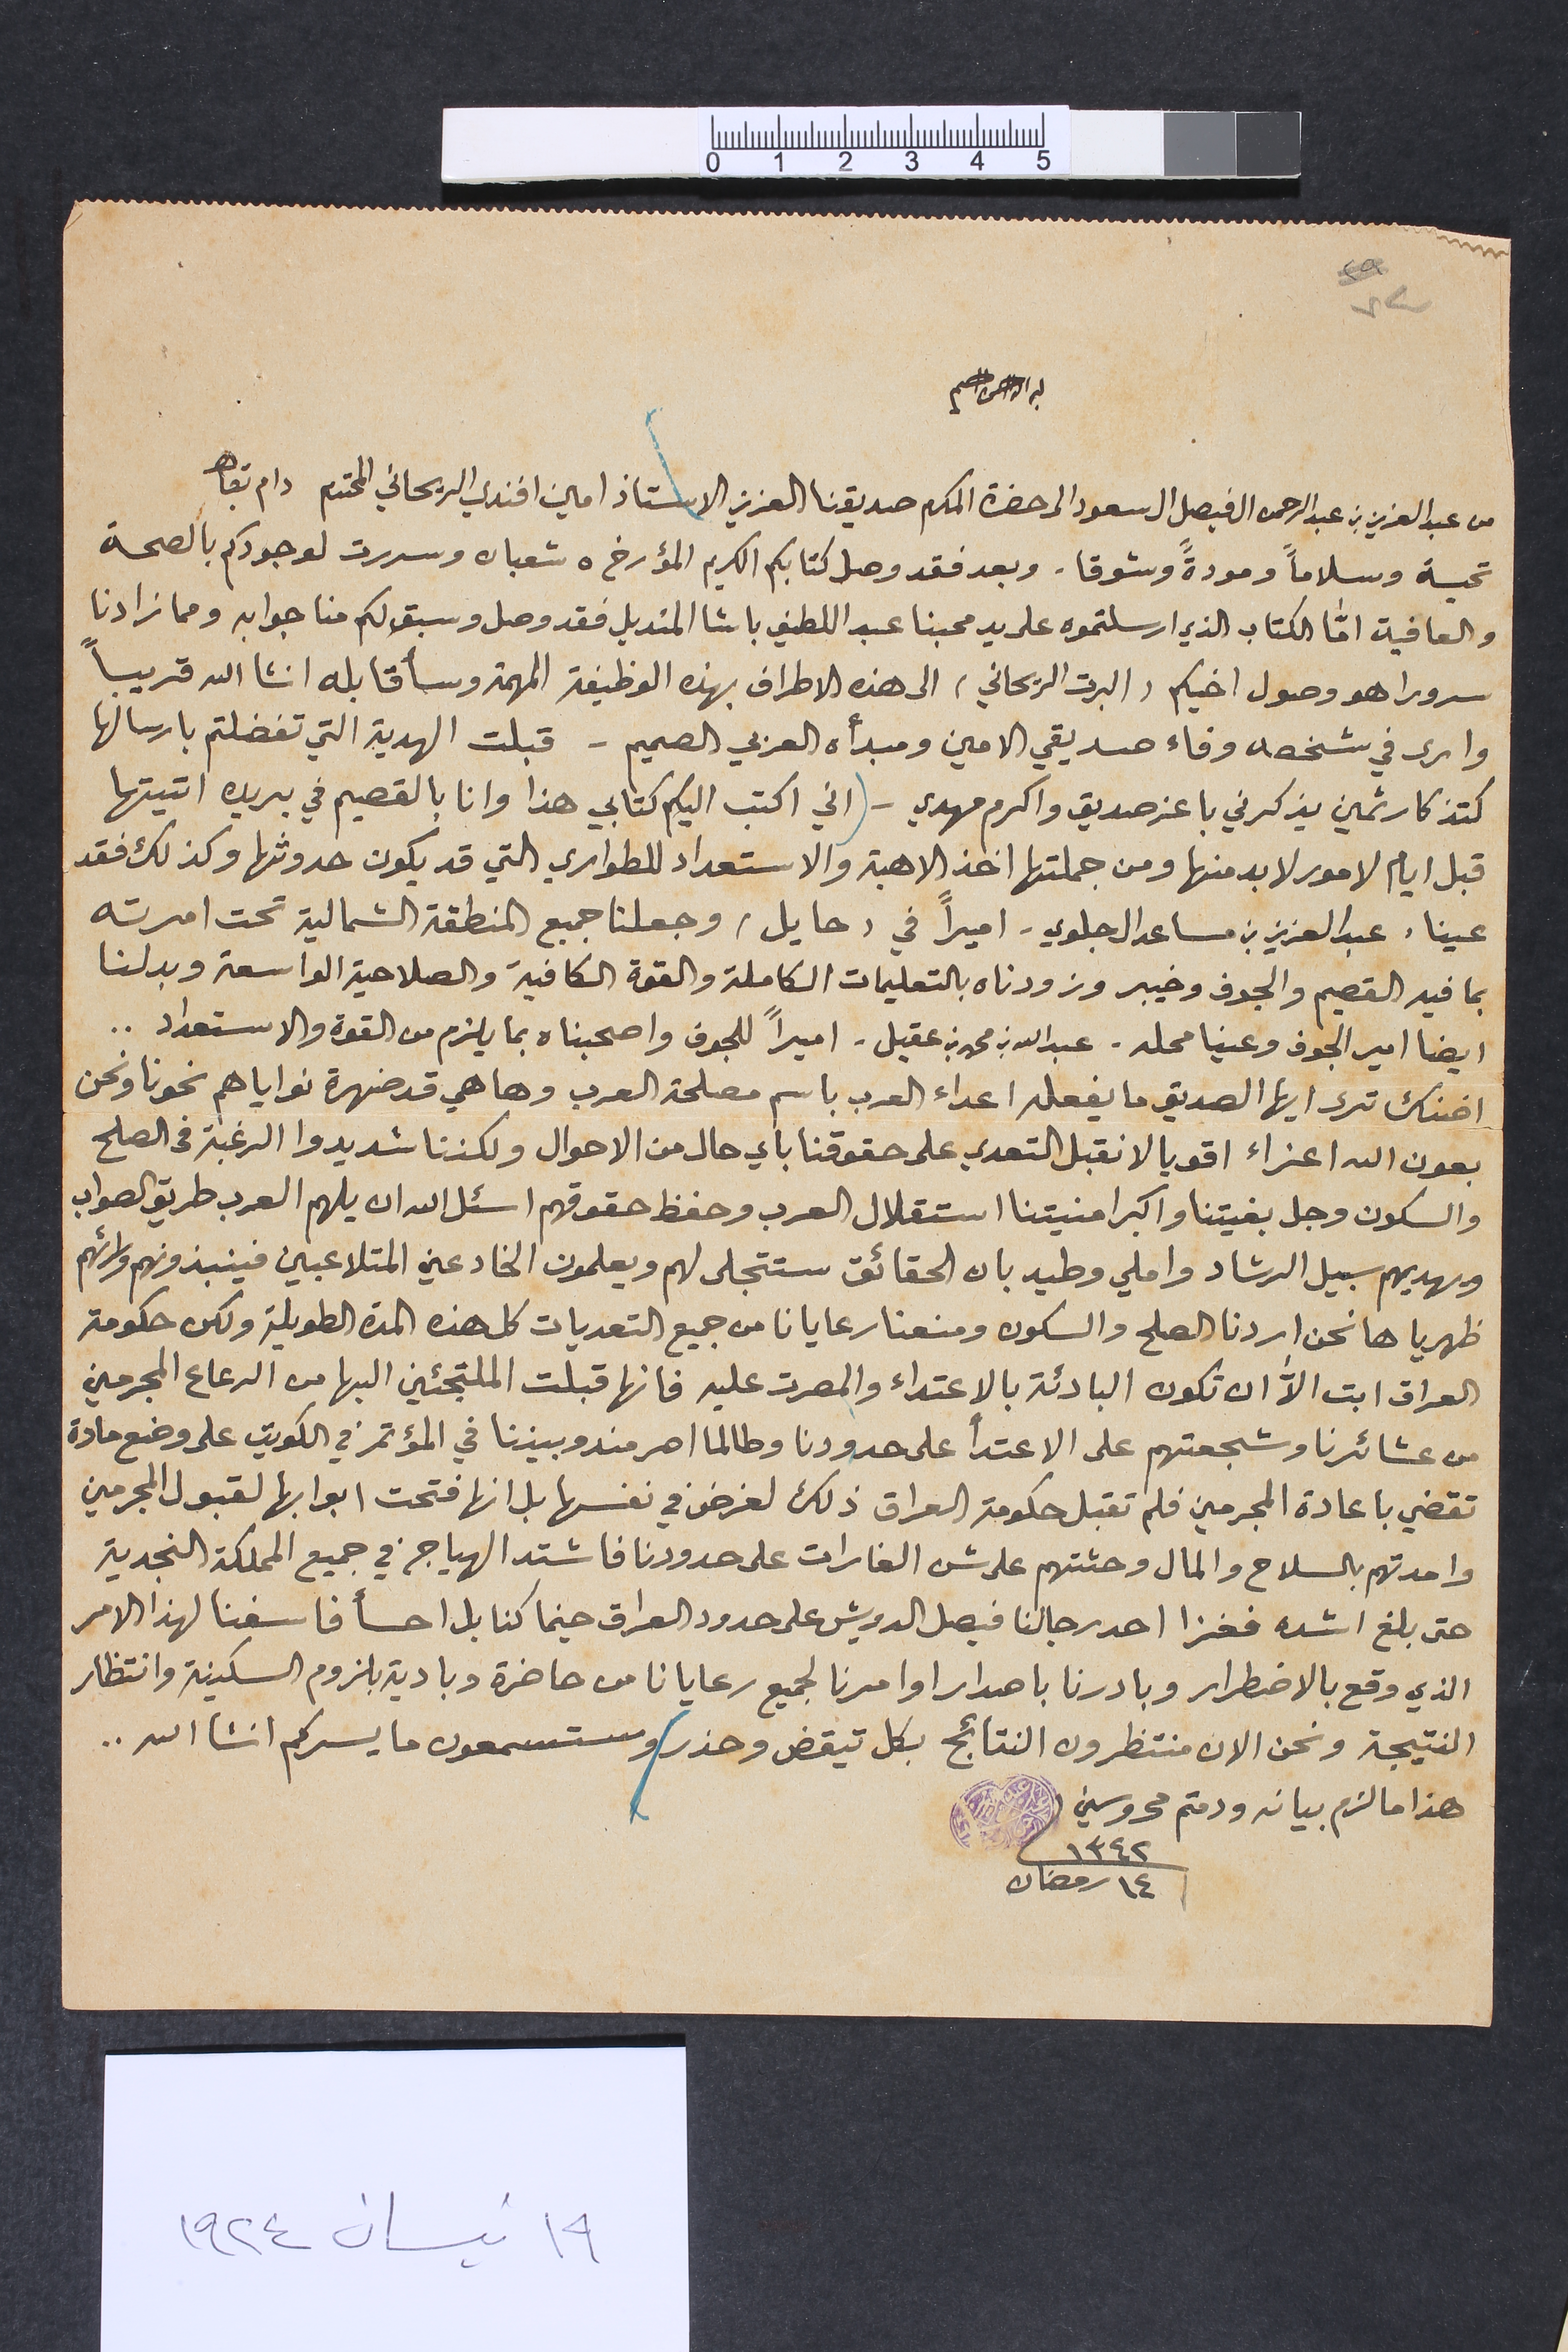
٧٤
بسم الله الرحمن الرحيم
من عبد العزيز بن عبد الرحمن ال فيصل ال سعود الى حضرة المكرم صديقنا العزيز الاستاذ امين افندي الريحاني المحترم دام بقاه
تحية وسلاماً ومودةً وشوقا. وبعد فقد وصل كتابكم الكريم المؤرخ ٥ شعبان وسررت لوجودكم بالصحة
والعافية امّا الكتاب الذي ارسلتموه على يد محبنا عبد اللطيف باشا المنديل فقد وصل وسبق لكم منا جوابه ومما زادنا
سرورا هو وصول اخيكم (البرت الريحاني) الى هذه الاطراف بهذه الوظيفة المهمة وسأقابله انشاالله قريباً
وارى في شخصه وفاء صديقي الامين ومبدأه العربي الصميم - قبلت الهدية التي تفضلتم بارسالها
كتذكار ثمين يذكرني باعز صديق واكرم مهدي – (اني اكتب اليكم كتابي هذا وانا بالقصيم في بريده اتيتها
قبل ايام لامور لا بد منها ومن جملتها اخذ الاهبة والاستعداد للطواري التي قد يكون حدوثها وكذلك فقد
عينا، عبد العزيز بن مساعد ال جلوي - اميراً في (حايل) وجعلنا جميع المنطقة الشمالية تحت امرته
بما فيه القصيم والجوف وخيبر وزودناه بالتعليمات الكاملة والقوة الكافية والصلاحية الواسعة وبدلنا
ايضا امير الجوف وعينا محله - عبدالله بن محمد بن عقيل - اميراً للجوف واصحبناه بما يلزم من القوة والاستعداد..
اضناك ترى ايها الصديق ما يفعله اعداء العرب باسم مصلحة العرب وها هي قد ضهرة نواياهم نحونا ونحن
بعون الله اعزاء اقويا لا نقبل التعدي على حقوقنا باي حال من الاحوال ولكننا شديدوا الرغبة فى الصلح
والسكون وجل بغيتنا واكبر امنيتنا استقلال العرب وحفظ حقوقهم اسئل الله ان يلهم العرب طريق الصواب
ويهديهم سبيل الرشاد واملي وطيد بان الحقائق ستتجلى لهم ويعلمون الخادعين المتلاعبين فينبذونهم ورائهم
ظهريا ها نحن اردنا الصلح والسكون ومنعنا رعايانا من جميع التعديات كل هذه المدة الطويلة ولكن حكومة
العراق ابت الاﱣ ان تكون البادئة بالاعتداء والمصرت عليه فانها قبلت الملتجئين اليها من الرعاع المجرمين
من عشائرنا وشجعتهم على الاعتدأ على حدودنا وطالما اصر مندوبيننا في المؤتمر في الكويت على وضع مادة
تقضي باعادة المجرمين فلم تقبل حكومة العراق ذلك لغرض في نفسها بل انها فتحت ابوابها لقبول المجرمين
وامدتهم بالسلاح والمال وحثتهم على شن الغارات على حدودنا فاشتد الهياج في جميع المملكة النجدية
حتى بلغ اشده فغزا احد رجالنا فيصل الدويش على حدود العراق حينما كنا بل احسأ فاسفنا لهذا الامر
الذي وقع بالاضطرار وبادرنا باصدار اوامرنا لجميع رعايانا من حاضرة وبادية بلزوم السكينة وانتظار
النتيجة ونحن الان منتظرون النتائج بكل تيقض وحذر وستسمعون ما يسركم انشأالله..
هذا ما لزم بيانه ودمتم محروسين	١٣٤٢ ١٤ رمضان
١٩ نيسان ١٩٢٤